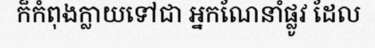
ក៏កំពុងក្លាយទៅជា អ្នកណែនាំផ្លូវ ដែល